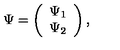
\Psi = \left( \begin{array} { c } { \Psi _ { 1 } } \\ { \Psi _ { 2 } } \\ \end{array} \right) ,